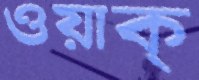
ওয়াক্